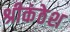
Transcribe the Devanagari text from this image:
श्रीकंठेश